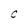
Character: C